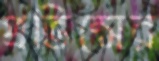
প্রভিন্সের